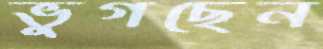
ভুগছেন